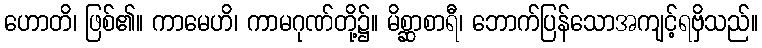
ဟောတိ၊ ဖြစ်၏။ ကာမေဟိ၊ ကာမဂုဏ်တို့၌။ မိစ္ဆာစာရီ၊ ဘောက်ပြန်သောအကျင့်ရဗှိသည်။